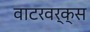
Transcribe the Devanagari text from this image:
वाटरवर्क्स